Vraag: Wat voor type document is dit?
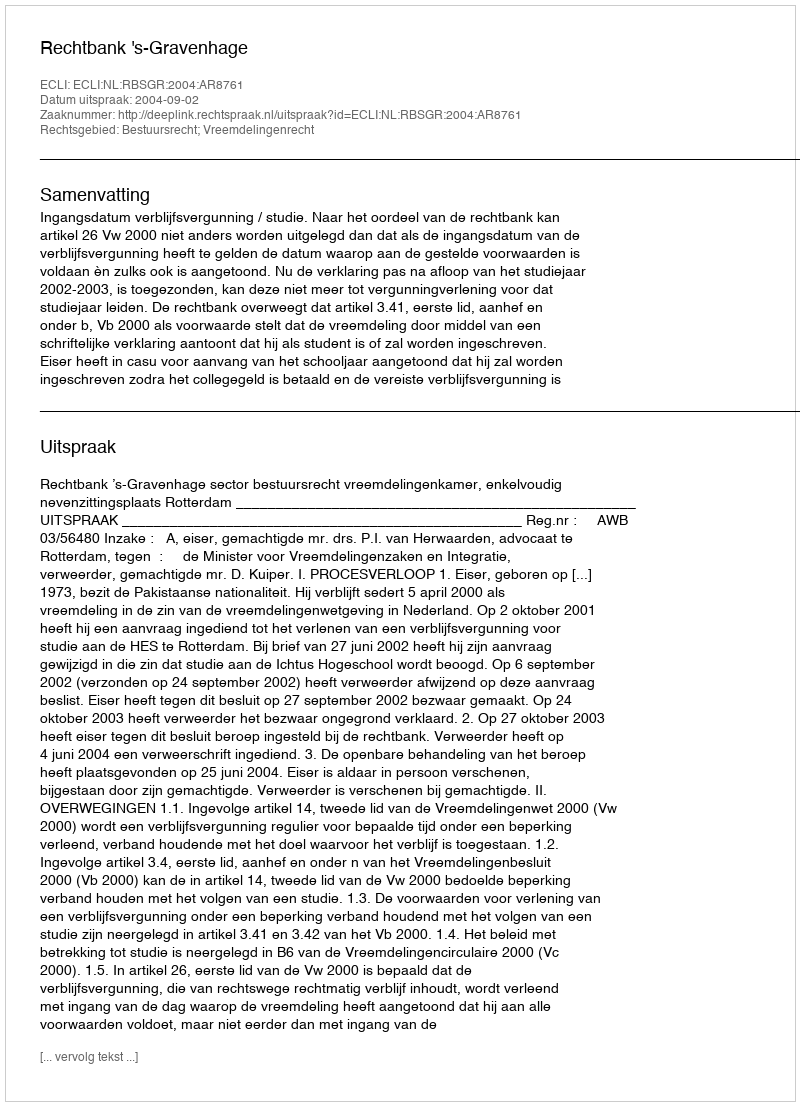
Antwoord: Uitspraak